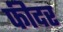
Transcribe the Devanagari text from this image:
फीदर